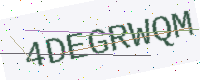
Text: 4DEGRWQM